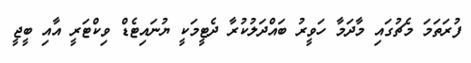
ފުރަތަމަ މެޗުގައި މާދަމާ ހަވީރު ބައްދަލުކުރާ ދެޓީމަކީ ޔުނައިޓެޑް ވިކްޓަރީ އާއި ބީޖީ